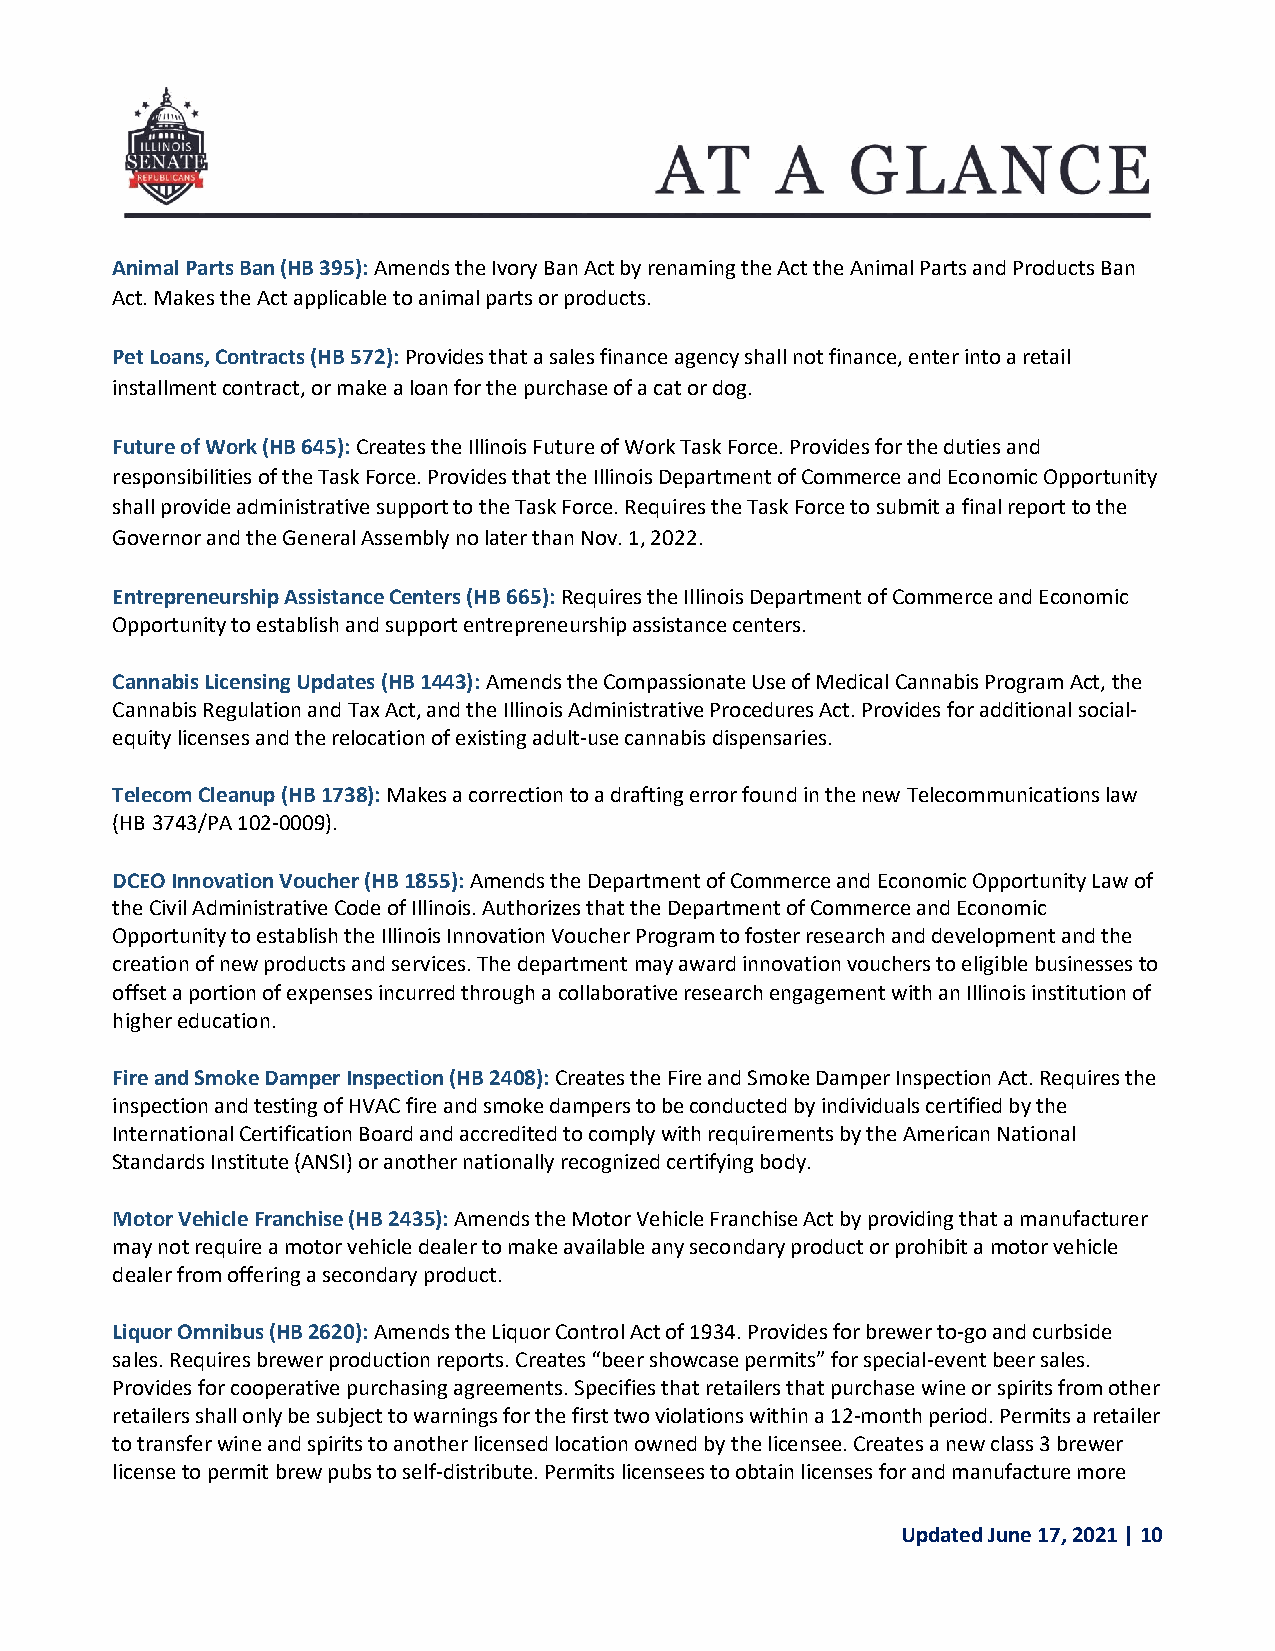
Animal Parts Ban (HB 395): Amends the Ivory Ban Act by renaming the Act the Animal Parts and Products Ban
 Act. Makes the Act applicable to animal parts or products.
 Pet Loans, Contracts (HB 572): Provides that a sales finance agency shall not finance, enter into a retail
 installment contract, or make a loan for the purchase of a cat or dog.
 Future of Work (HB 645): Creates the Illinois Future of Work Task Force. Provides for the duties and
 responsibilities of the Task Force. Provides that the Illinois Department of Commerce and Economic Opportunity
 shall provide administrative support to the Task Force. Requires the Task Force to submit a final report to the
 Governor and the General Assembly no later than Nov. 1, 2022.
 Entrepreneurship Assistance Centers (HB 665): Requires the Illinois Department of Commerce and Economic
 Opportunity to establish and support entrepreneurship assistance centers.
 Cannabis Licensing Updates (HB 1443): Amends the Compassionate Use of Medical Cannabis Program Act, the
 Cannabis Regulation and Tax Act, and the Illinois Administrative Procedures Act. Provides for additional social-
 equity licenses and the relocation of existing adult-use cannabis dispensaries.
 Telecom Cleanup (HB 1738): Makes a correction to a drafting error found in the new Telecommunications law
 (HB 3743/PA 102-0009).
 DCEO Innovation Voucher (HB 1855): Amends the Department of Commerce and Economic Opportunity Law of
 the Civil Administrative Code of Illinois. Authorizes that the Department of Commerce and Economic
 Opportunity to establish the Illinois Innovation Voucher Program to foster research and development and the
 creation of new products and services. The department may award innovation vouchers to eligible businesses to
 offset a portion of expenses incurred through a collaborative research engagement with an Illinois institution of
 higher education.
 Fire and Smoke Damper Inspection (HB 2408): Creates the Fire and Smoke Damper Inspection Act. Requires the
 inspection and testing of HVAC fire and smoke dampers to be conducted by individuals certified by the
 International Certification Board and accredited to comply with requirements by the American National
 Standards Institute (ANSI) or another nationally recognized certifying body.
 Motor Vehicle Franchise (HB 2435): Amends the Motor Vehicle Franchise Act by providing that a manufacturer
 may not require a motor vehicle dealer to make available any secondary product or prohibit a motor vehicle
 dealer from offering a secondary product.
 Liquor Omnibus (HB 2620): Amends the Liquor Control Act of 1934. Provides for brewer to-go and curbside
 sales. Requires brewer production reports. Creates “beer showcase permits” for special-event beer sales.
 Provides for cooperative purchasing agreements. Specifies that retailers that purchase wine or spirits from other
 retailers shall only be subject to warnings for the first two violations within a 12-month period. Permits a retailer
 to transfer wine and spirits to another licensed location owned by the licensee. Creates a new class 3 brewer
 license to permit brew pubs to self-distribute. Permits licensees to obtain licenses for and manufacture more
 Updated June 17, 2021 | 10